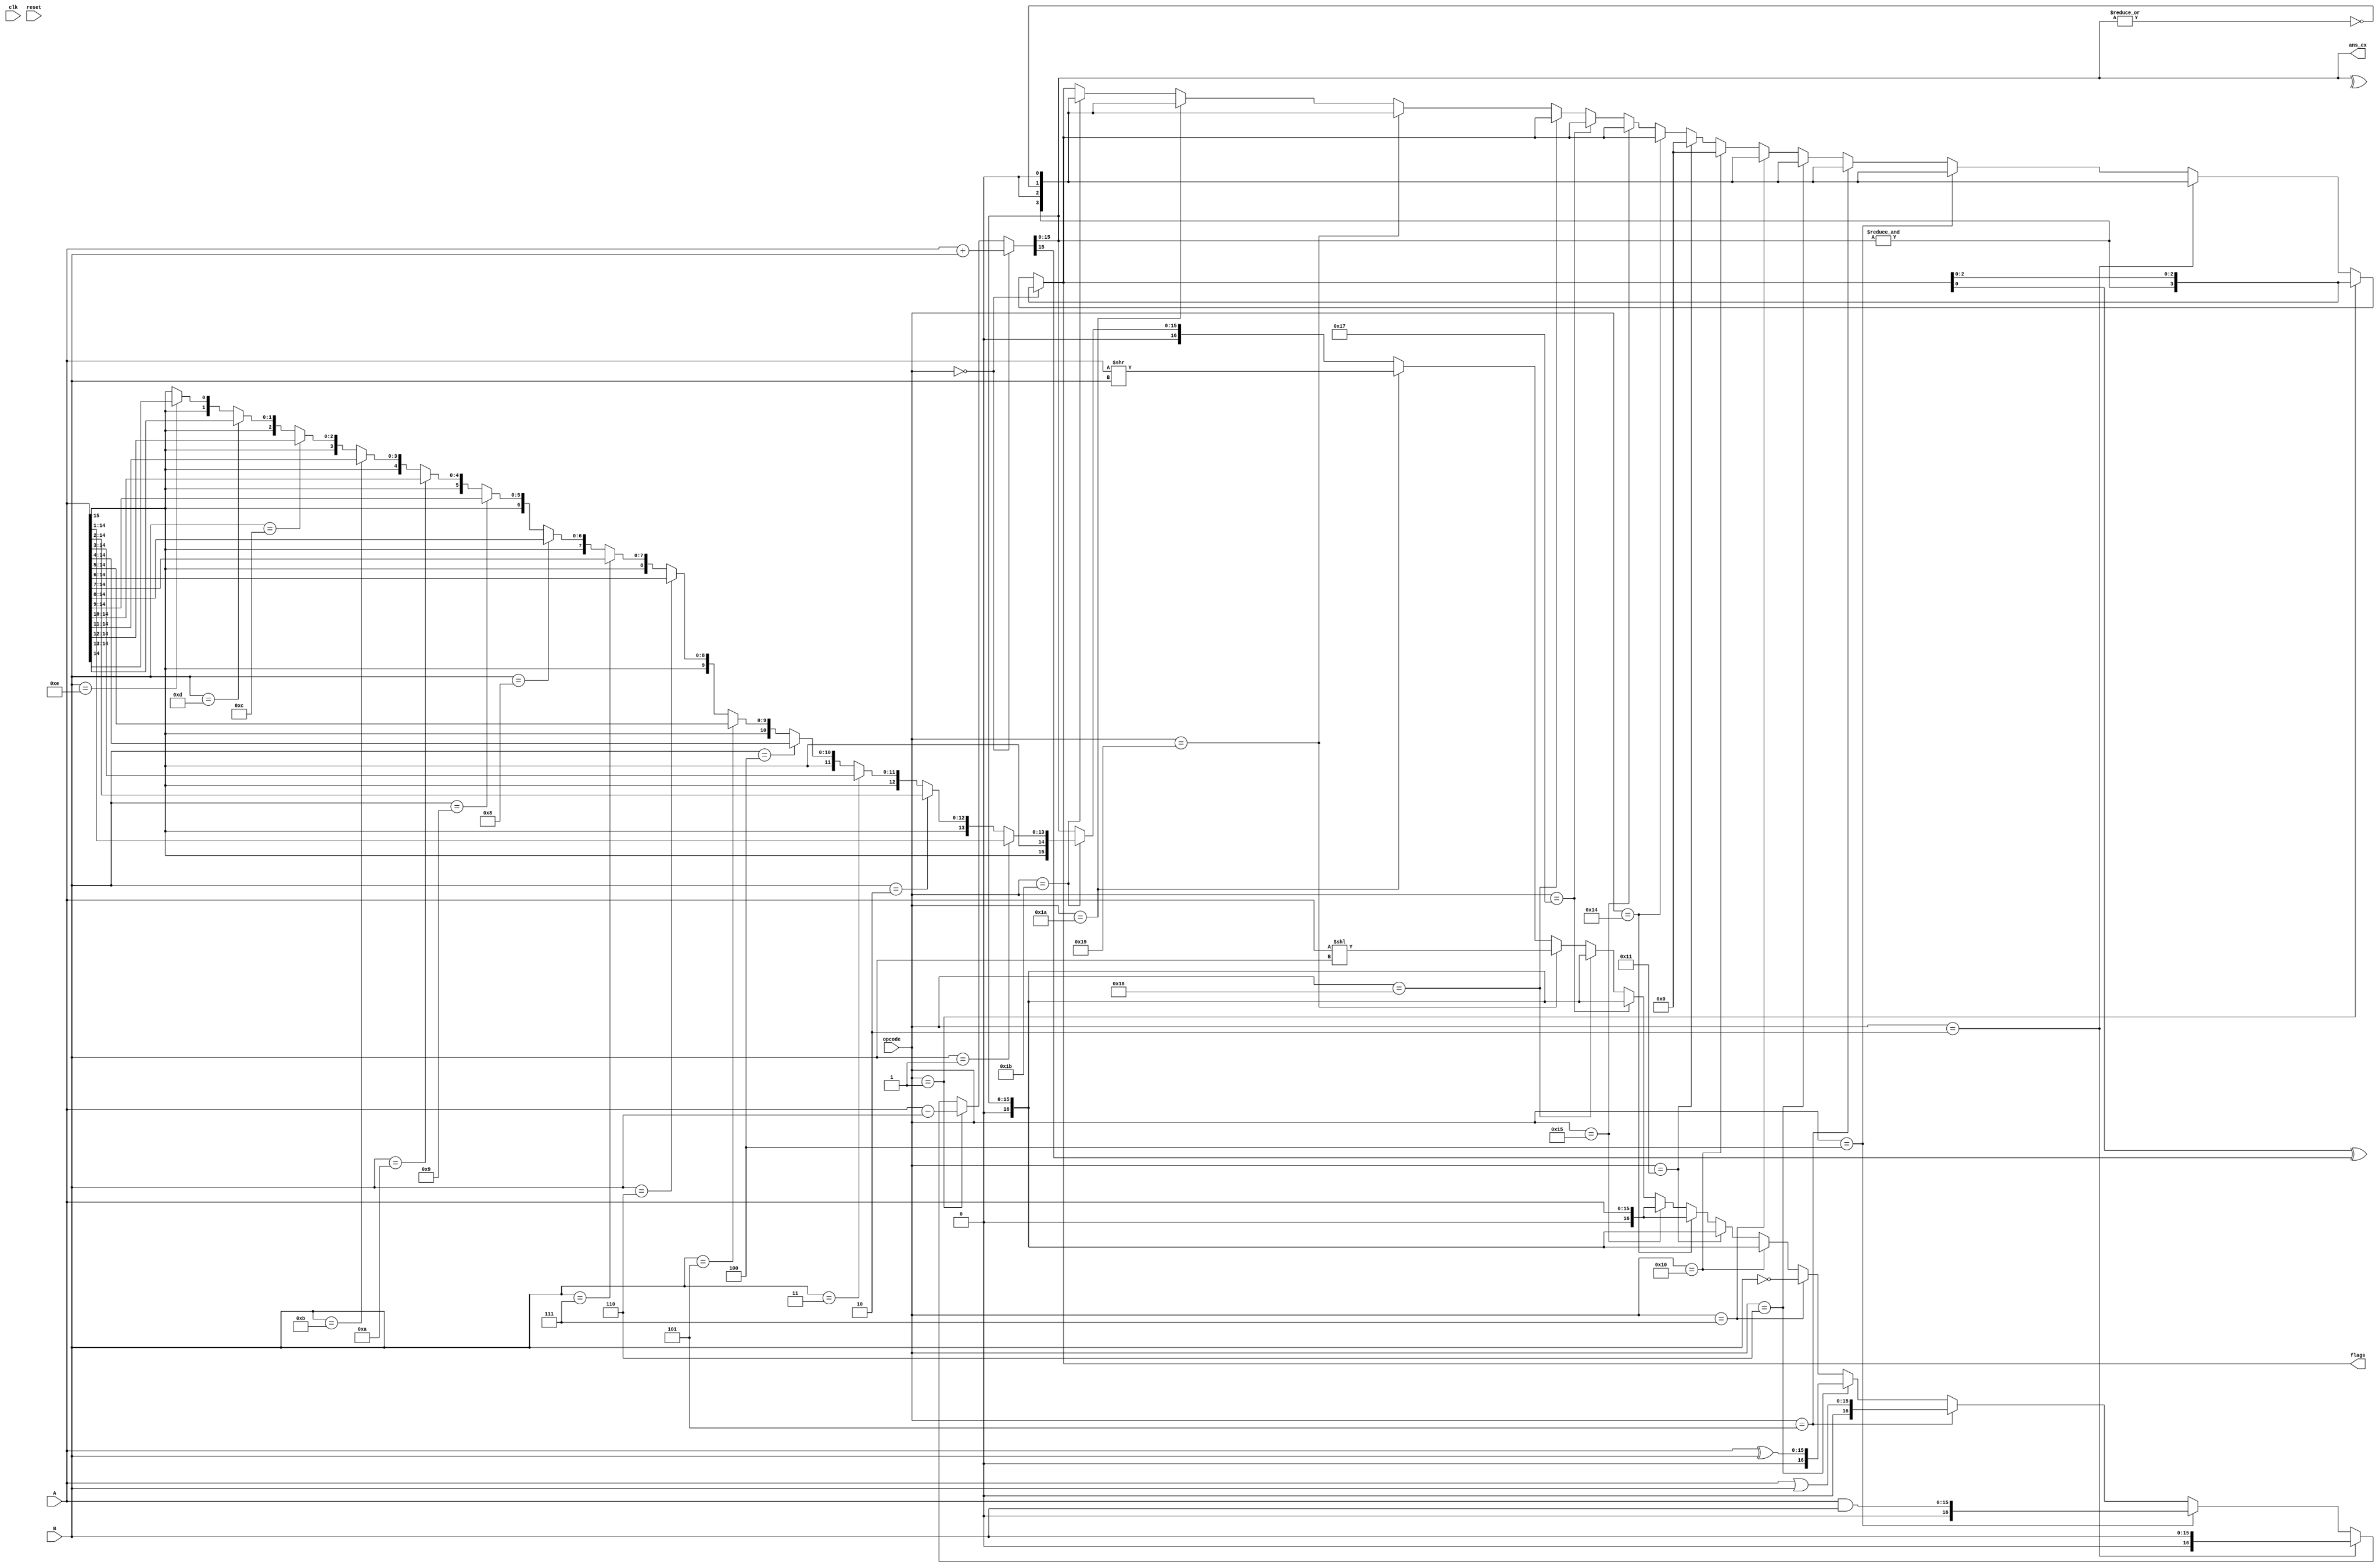
module ALU(clk,reset,A,B,ans_ex,flags,opcode);
input clk,reset;
input [15:0]A,B;
input [4:0]opcode;
output [15:0]ans_ex;
output [3:0]flags;
wire carry;
		
assign {carry,ans_ex}=(opcode==5'b00000)?(A+B):
		((opcode==5'b00001)?(A-B):
		((opcode==5'b00010)?(B):
		((opcode==5'b00100)?(A&B):
		((opcode==5'b00101)?(A|B):
		((opcode==5'b00110)?(A^B):
		((opcode==5'b00111)?(~B):
		
		((opcode==5'b10000)?(ans_ex):
		((opcode==5'b10001)?(ans_ex):
		
		((opcode==5'b10100)?(A):
		((opcode==5'b10101)?(A):
		
		((opcode==5'b10111)?(ans_ex):
		((opcode==5'b11000)?(ans_ex):
		
		((opcode==5'b11001)?(A<<B):
		((opcode==5'b11010)?(A>>B):
		
		((opcode==5'b11011)?((B==1)?({A[15],A[15:1]}):
									((B==2)?({A[15],A[15],A[15:2]}):
									((B==3)?({A[15],A[15],A[15],A[15:3]}):
									((B==4)?({A[15],A[15],A[15],A[15],A[15:4]}):
									((B==5)?({A[15],A[15],A[15],A[15],A[15],A[15:5]}):
									((B==6)?({A[15],A[15],A[15],A[15],A[15],A[15],A[15:6]}):
									((B==7)?({A[15],A[15],A[15],A[15],A[15],A[15],A[15],A[15:7]}):
									((B==8)?({A[15],A[15],A[15],A[15],A[15],A[15],A[15],A[15],A[15:8]}):
									((B==9)?({A[15],A[15],A[15],A[15],A[15],A[15],A[15],A[15],A[15],A[15:9]}):
									((B==10)?({A[15],A[15],A[15],A[15],A[15],A[15],A[15],A[15],A[15],A[15],A[15:10]}):
									((B==11)?({A[15],A[15],A[15],A[15],A[15],A[15],A[15],A[15],A[15],A[15],A[15],A[15:11]}):
									((B==12)?({A[15],A[15],A[15],A[15],A[15],A[15],A[15],A[15],A[15],A[15],A[15],A[15],A[15:12]}):
									((B==13)?({A[15],A[15],A[15],A[15],A[15],A[15],A[15],A[15],A[15],A[15],A[15],A[15],A[15],A[15:13]}):
									((B==14)?({A[15],A[15],A[15],A[15],A[15],A[15],A[15],A[15],A[15],A[15],A[15],A[15],A[15],A[15],A[15:14]}):({A[15],A[15],A[15],A[15],A[15],A[15],A[15],A[15],A[15],A[15],A[15],A[15],A[15],A[15],A[15],A[15]})
									)))))))))))))):
		
		((opcode==5'b11100)?(ans_ex):
		((opcode==5'b11101)?(ans_ex):
		((opcode==5'b11110)?(ans_ex):
		((opcode==5'b11111)?(ans_ex):(ans_ex))
		))))))))))))))))));

assign flags[3]=(^ans_ex);				//Parity
assign flags[2]=(carry^ans_ex[15]);	//Overflow
assign flags[1]=~(|ans_ex);				//Zero
assign flags[0]=carry;						//Carry


assign flags=(opcode==5'b00000)?{&ans_ex,carry^ans_ex[15],~(|ans_ex),carry}:
		((opcode==5'b00001)?{&ans_ex,carry^ans_ex[15],~(|ans_ex),carry}:
		((opcode==5'b00010)?{&ans_ex,1'b0,~(|ans_ex),1'b0}:
		((opcode==5'b00100)?{&ans_ex,1'b0,~(|ans_ex),1'b0}:
		((opcode==5'b00101)?{&ans_ex,1'b0,~(|ans_ex),1'b0}:
		((opcode==5'b00110)?{&ans_ex,1'b0,~(|ans_ex),1'b0}:
		((opcode==5'b00111)?{&ans_ex,1'b0,~(|ans_ex),1'b0}:
		
		((opcode==5'b10000)?0:
		((opcode==5'b10001)?0:
		
		((opcode==5'b10100)?flags:
		((opcode==5'b10101)?flags:
		
		((opcode==5'b10111)?flags:
		((opcode==5'b11000)?flags:
		
		((opcode==5'b11001)?{&ans_ex,1'b0,~(|ans_ex),1'b0}:
		((opcode==5'b11010)?{&ans_ex,1'b0,~(|ans_ex),1'b0}:
		
		((opcode==5'b11011)?{&ans_ex,1'b0,~(|ans_ex),1'b0}:
		
		((opcode==5'b11100)?flags:
		((opcode==5'b11101)?flags:
		((opcode==5'b11110)?flags:
		((opcode==5'b11111)?flags:flags)
		))))))))))))))))));
		
endmodule

module TB();
reg [15:0]a,b;
reg [4:0]opcode;
wire [15:0]out;
wire [3:0]flag;

ALU a1(.A(a), .B(b), .opcode(opcode), .ans_ex(out), .flags(flag));
initial begin
	a=16'b1111111111111111;
	b=16'b0000000000000001;
	opcode=5'b00000;
	
	#100;
	a=16'b1111111111111111;
	b=16'b0000000000000010;
	opcode=5'b00100;
	
	#100;
	a=16'b1111111111111111;
	b=16'b0000000000000010;
	opcode=5'b00000;
	
	#100;
	a=16'b0000000000011111;
	b=16'b0000000000000001;
	opcode=5'b10100;
	
	#100;
	a=16'b1000000000011111;
	b=16'b0000000000000100;
	opcode=5'b11011;
end
endmodule